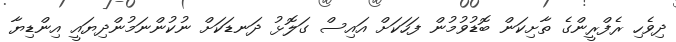
ދިވެހި ރެފްރީންގެ ތާށިކަން ބޮޑުވުމުން ފަހަކަށް އައިސް ގަލޮޅު ދަނޑަކަށް ނުކުންނަމުންދިޔައީ އިންޑިޔާ